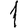
Digit: 1